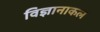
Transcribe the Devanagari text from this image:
विज्ञानाकल